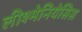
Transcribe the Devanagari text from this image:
लीश्मेनियेसिस